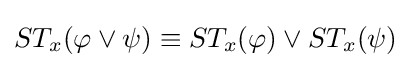
ST_{x}(\varphi \vee \psi )\equiv ST_{x}(\varphi )\vee ST_{x}(\psi )